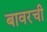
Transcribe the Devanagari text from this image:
बावरची